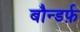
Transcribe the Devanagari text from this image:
बौन्डर्फ़